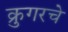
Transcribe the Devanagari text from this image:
क्रुगरचे